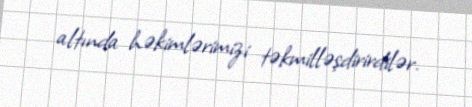
altında həkimlərimizi təkmilləşdirirdilər.